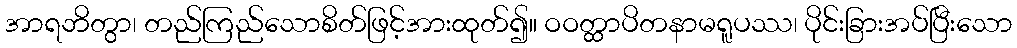
အာရဘိတွာ၊ တည်ကြည်သောစိတ်ဖြင့်အားထုတ်၍။ ဝဝတ္ထာပိတနာမရူပဿ၊ ပိုင်းခြားအပ်ပြီးသော